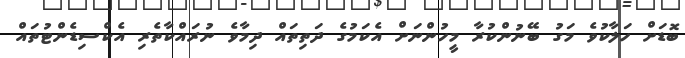
ބޮޑަށް ހަލާކުވެ މަގު ބޭނުންކުރާ މީހުންނަށް އެކަމުގެ ދަތިތައް ދިމާވެ ނުރައްކާތެރި އެކްސިޑެންޓުތައް